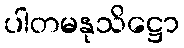
ပါတမနုသိဋ္ဌော